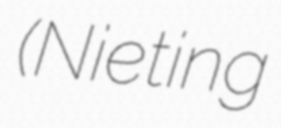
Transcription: (Nieting